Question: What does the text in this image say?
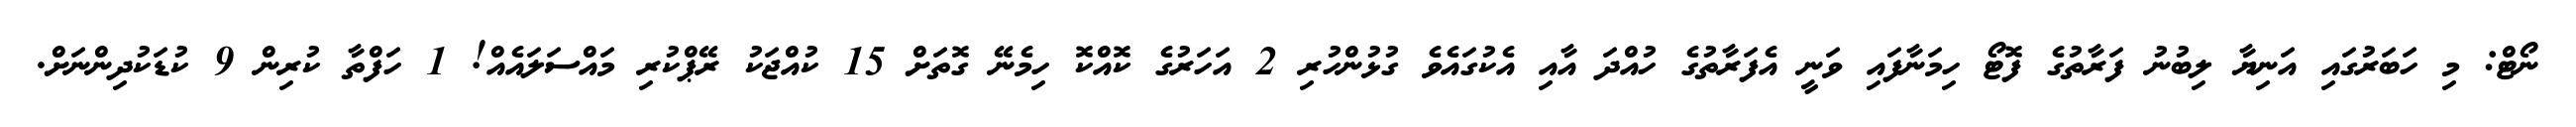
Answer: ނޯޓް: މި ހަބަރުގައި އަނިޔާ ލިބުނު ފަރާތުގެ ފޮޓޯ ހިމަނާފައި ވަނީ އެފަރާތުގެ ހުއްދަ އާއި އެކުގައެވެ ގުޅުންހުރި 2 އަހަރުގެ ކޮއްކޮ ހިމެނޭ ގޮތަށް 15 ކުއްޖަކު ރޭޕްކުރި މައްސަލައެއް! 1 ހަފްތާ ކުރިން 9 ކުޑަކުދިންނަށް.